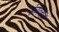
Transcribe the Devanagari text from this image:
संव्यवहारों